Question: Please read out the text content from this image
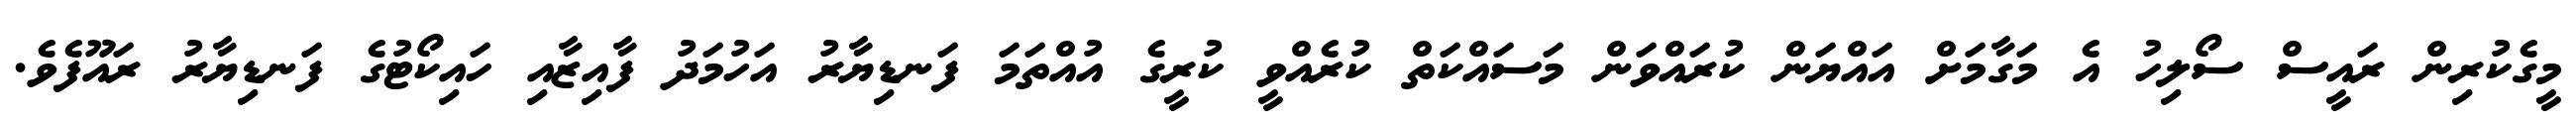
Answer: މީގެކުރިން ރައީސް ސޯލިހު އެ މަގާމަށް އައްޔަން ކުރައްވަން މަސައްކަތް ކުރެއްވީ ކުރީގެ އުއްތަމަ ފަނޑިޔާރު އަހުމަދު ފާއިޒާއި ހައިކޯޓުގެ ފަނޑިޔާރު ރައޫފެވެ.